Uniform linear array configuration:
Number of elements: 32
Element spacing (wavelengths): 0.25
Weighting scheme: exponential
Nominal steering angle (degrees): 0
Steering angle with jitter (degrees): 1.705
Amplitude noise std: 0.05
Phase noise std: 0.05

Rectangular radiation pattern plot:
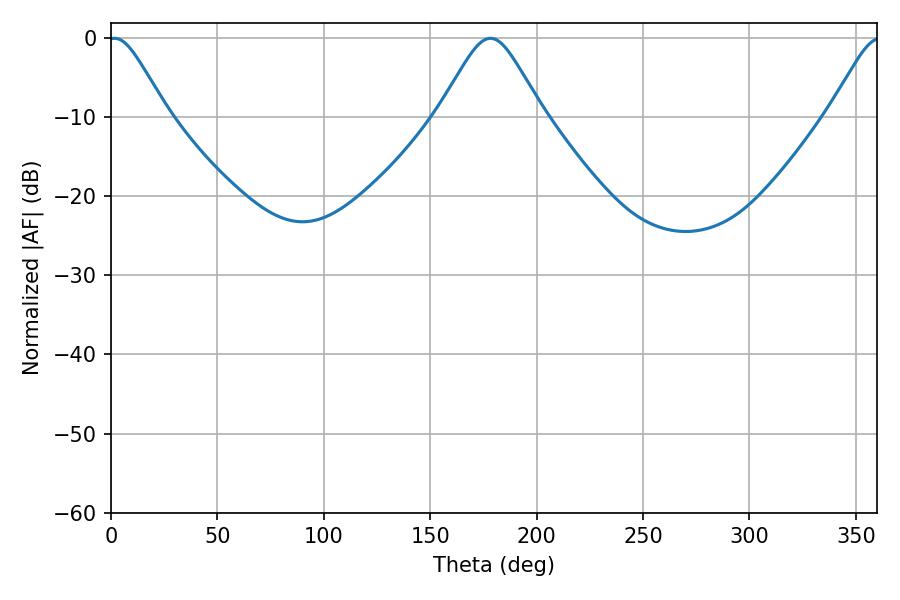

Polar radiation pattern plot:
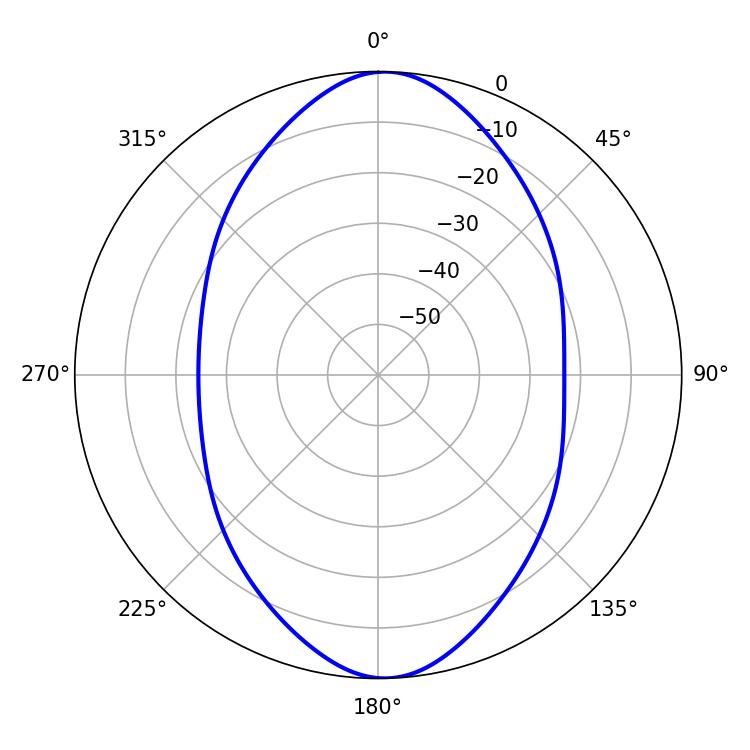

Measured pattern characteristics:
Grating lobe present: FALSE
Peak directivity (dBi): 17.831
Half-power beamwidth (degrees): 13.5
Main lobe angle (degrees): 1.62